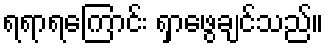
ရရာရကြောင်း ရှာဖွေချင်သည်။